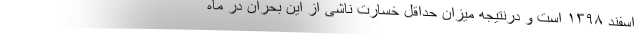
اسفند ۱۳۹۸ است و درنتیجه میزان حداقل خسارت ناشی از این بحران در ماه